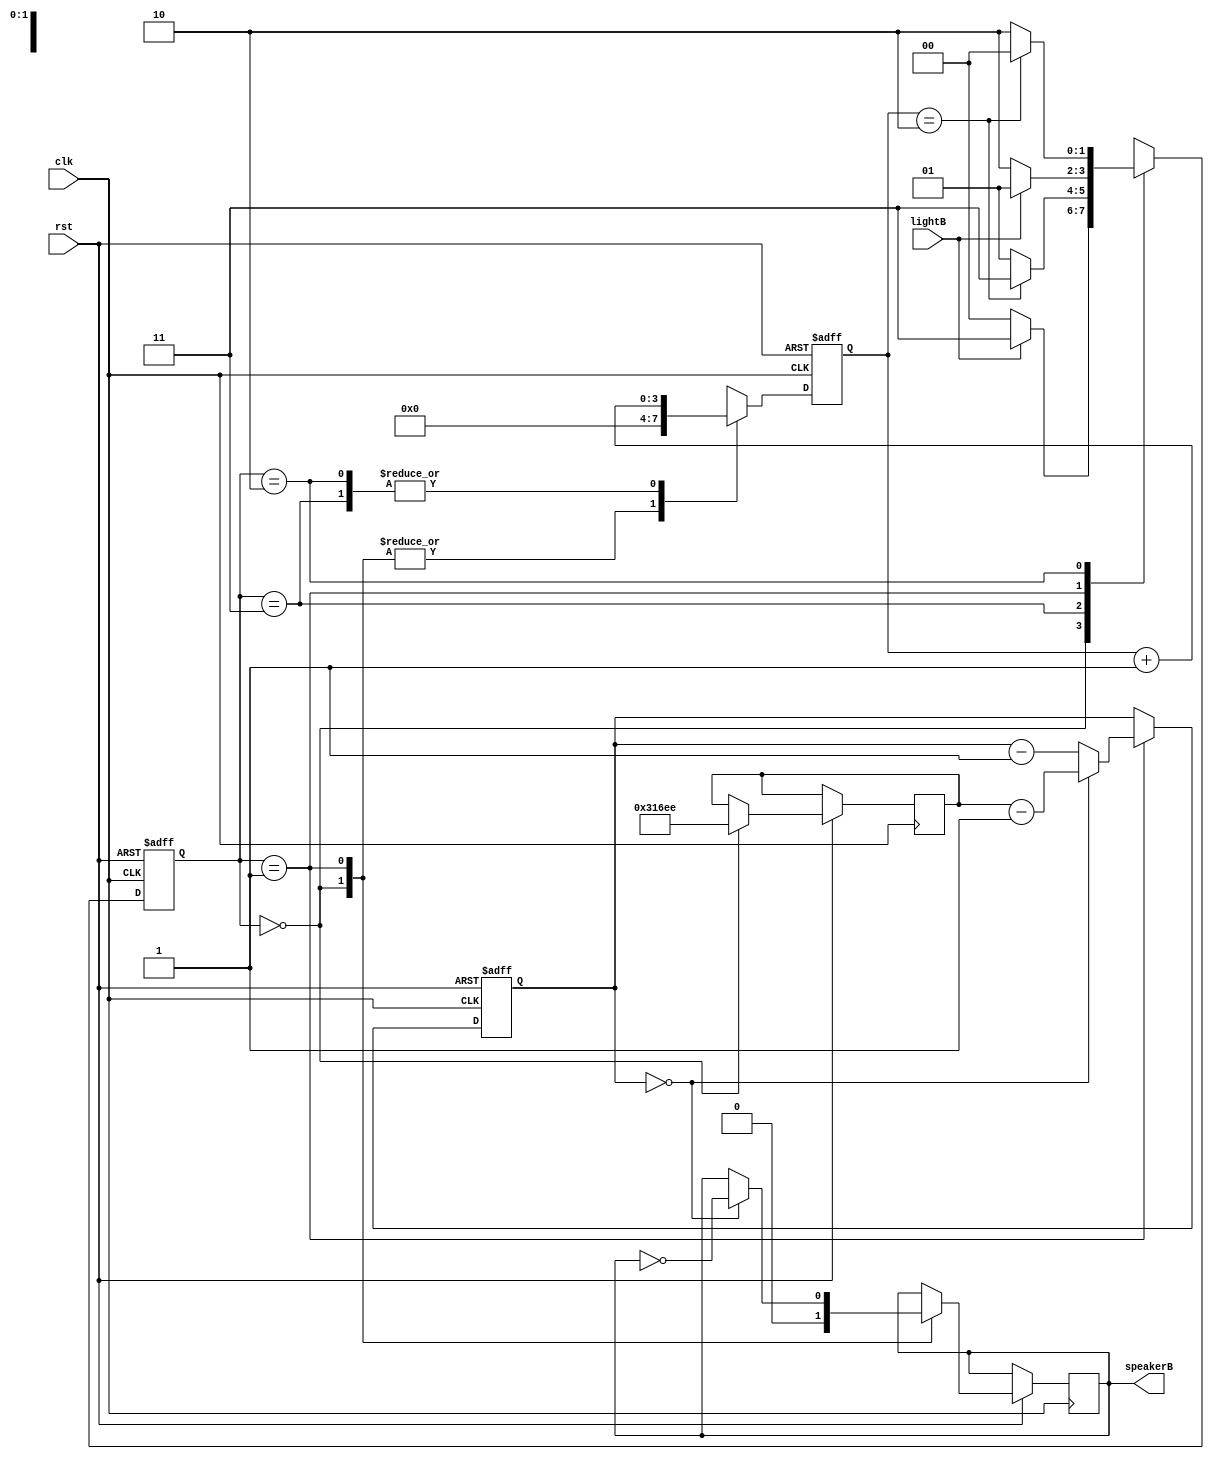
module soundB (
input clk,
input rst,
input lightB,
output reg speakerB
);


reg [31:0] counter;
reg [3:0] keepON;

// FSM to Regulate Sound with Switch
reg [1:0]S;
reg [1:0]NS;

parameter START = 2'b00,
			 PLAY = 2'b01,
			 WAIT = 2'b10,
			 WAIT2 = 2'b11;

reg [31:0] clkdivider;
			 
always @(*)
begin
	case (S)
		START:
		if (lightB == 1)
			NS = WAIT2;
		else
			NS = START;
			
		WAIT2: 
		if (keepON == 2)
			NS = WAIT2;
		else
			NS = PLAY;
		
		PLAY:
		if (lightB == 0)
			NS = WAIT;
		else
			NS = PLAY;
			
		WAIT: 
		if (keepON == 2)
			NS = START;
		else
			NS = WAIT;
		
		default NS = START;
	endcase
end

always @(posedge clk or negedge rst)
begin
	if (rst == 1'b0)
	begin
		counter <= 32'd0;
		keepON <= 0;
	end
	else
		case (S)
			START:
			begin
				keepON <= 4'd0;
				speakerB <= 0;
				clkdivider <= 50000000/123.47/2;
			end
			
			WAIT2: keepON <= keepON + 4'd1;
			
			PLAY: 
			begin
				keepON <= 4'd0;
				
				if (counter == 0)
				begin
					counter <= clkdivider - 1;
					speakerB <= ~speakerB;
				end
				else
					counter <= counter - 32'd1;
			end
			
			WAIT: keepON <= keepON + 4'd1;
		endcase
end

/* FSM init and NS always */
always @(posedge clk or negedge rst)
begin
	if (rst == 1'b0)
	begin
		S <= START;
	end
	else
	begin
		S <= NS;
	end
end
	
endmodule